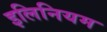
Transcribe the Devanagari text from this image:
इलिनियम